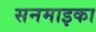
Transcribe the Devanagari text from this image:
सनमाइका